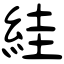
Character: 絓